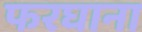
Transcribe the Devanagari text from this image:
फरघाना